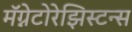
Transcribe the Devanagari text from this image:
मॅग्नेटोरेझिस्टन्स